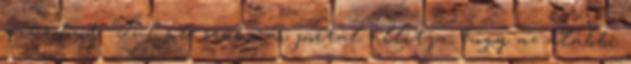
mikrofont. Túl sok szakmai portál állítja, hogy az alábbi